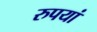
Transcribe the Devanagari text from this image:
रुपयां